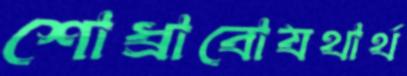
শোধ্‌রাবোযথার্থ